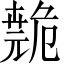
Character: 𫶺